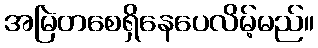
အမြဲတစေရှိနေပေလိမ့်မည်။